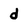
Character: d